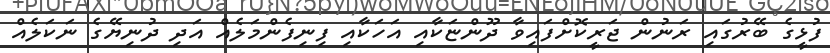
ފުޅީގެ ބޭރުގައި ރަނުން ޖަރީކޮށްފައިވާ ދޫންޏަކާއި އަހަކާއި ފިނިފެންމަލެއް އަދި ދުނިޔޭގެ ނަކަލެއް